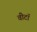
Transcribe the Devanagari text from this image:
वीटॉ